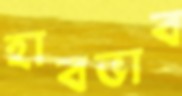
হাবভাব